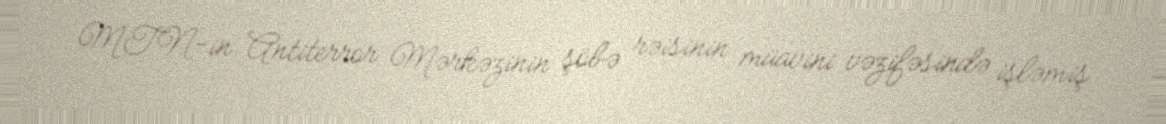
MTN-in Antiterror Mərkəzinin şöbə rəisinin müavini vəzifəsində işləmiş